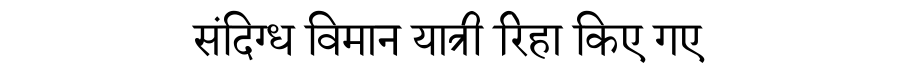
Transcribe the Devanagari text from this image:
संदिग्ध विमान यात्री रिहा किए गए